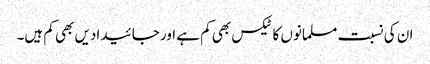
ان کی نسبت مسلمانوں کا ٹیکس بھی کم ہے اور جائیدادیں بھی کم ہیں۔